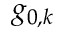
g _ { 0 , k }